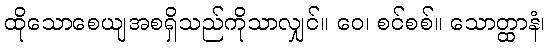
ထိုသောစေယျအစရှိသည်ကိုသာလျှင်။ ဝေ၊ စင်စစ်။ သောတ္ထာနံ၊